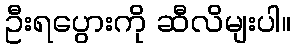
ဦးရပွေားကို ဆီလိမျးပါ။